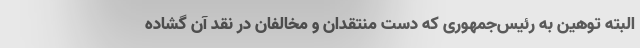
البته توهین به رئیس‌جمهوری که دست منتقدان و مخالفان در نقد آن گشاده